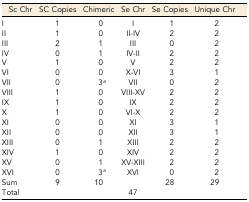
<table><thead><tr><td><b>Sc Chr</b></td><td><b>SC Copies</b></td><td><b>Chimeric</b></td><td><b>Se Chr</b></td><td><b>Se Copies</b></td><td><b>Unique Chr</b></td></tr></thead><tbody><tr><td>I</td><td>1</td><td>0</td><td>I</td><td>1</td><td>2</td></tr><tr><td>II</td><td>1</td><td>0</td><td>II-IV</td><td>2</td><td>2</td></tr><tr><td>III</td><td>2</td><td>1</td><td>III</td><td>0</td><td>2</td></tr><tr><td>IV</td><td>0</td><td>1</td><td>IV-II</td><td>2</td><td>2</td></tr><tr><td>V</td><td>1</td><td>0</td><td>V</td><td>2</td><td>2</td></tr><tr><td>VI</td><td>0</td><td>0</td><td>X-VI</td><td>3</td><td>1</td></tr><tr><td>VII</td><td>0</td><td>3<i><sup>a</sup></i></td><td>VII</td><td>0</td><td>2</td></tr><tr><td>VIII</td><td>1</td><td>0</td><td>VIII-XV</td><td>2</td><td>2</td></tr><tr><td>IX</td><td>1</td><td>0</td><td>IX</td><td>2</td><td>2</td></tr><tr><td>X</td><td>1</td><td>0</td><td>VI-X</td><td>2</td><td>2</td></tr><tr><td>XI</td><td>0</td><td>0</td><td>XI</td><td>3</td><td>1</td></tr><tr><td>XII</td><td>0</td><td>0</td><td>XII</td><td>3</td><td>1</td></tr><tr><td>XIII</td><td>0</td><td>1</td><td>XIII</td><td>2</td><td>2</td></tr><tr><td>XIV</td><td>1</td><td>0</td><td>XIV</td><td>2</td><td>2</td></tr><tr><td>XV</td><td>0</td><td>1</td><td>XV-XIII</td><td>2</td><td>2</td></tr><tr><td>XVI</td><td>0</td><td>3<i><sup>a</sup></i></td><td>XVI</td><td>0</td><td>2</td></tr><tr><td>Sum</td><td>9</td><td>10</td><td></td><td>28</td><td>29</td></tr><tr><td>Total</td><td colspan="5">47</td></tr></tbody></table>